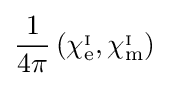
{\frac {1}{4\pi }}\left(\chi _{\mathrm {e} }^{_{\mathrm {I} }},\chi _{\mathrm {m} }^{_{\mathrm {I} }}\right)